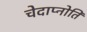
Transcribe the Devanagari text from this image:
चेदाप्नोति